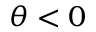
\theta < 0